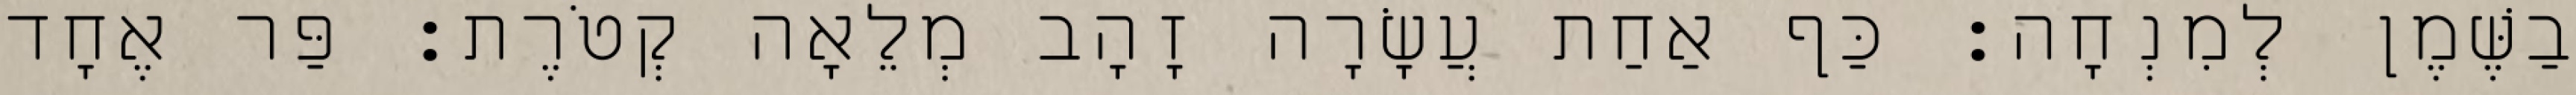
בַשֶּׁמֶן לְמִנְחָה׃ כַּף אַחַת עֲשָׂרָה זָהָב מְלֵאָה קְטֹרֶת׃ פַּר אֶחָד